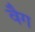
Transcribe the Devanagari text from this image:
वैग